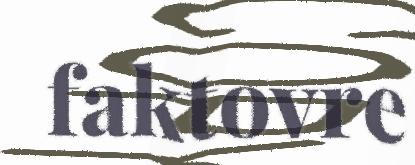
faktovre